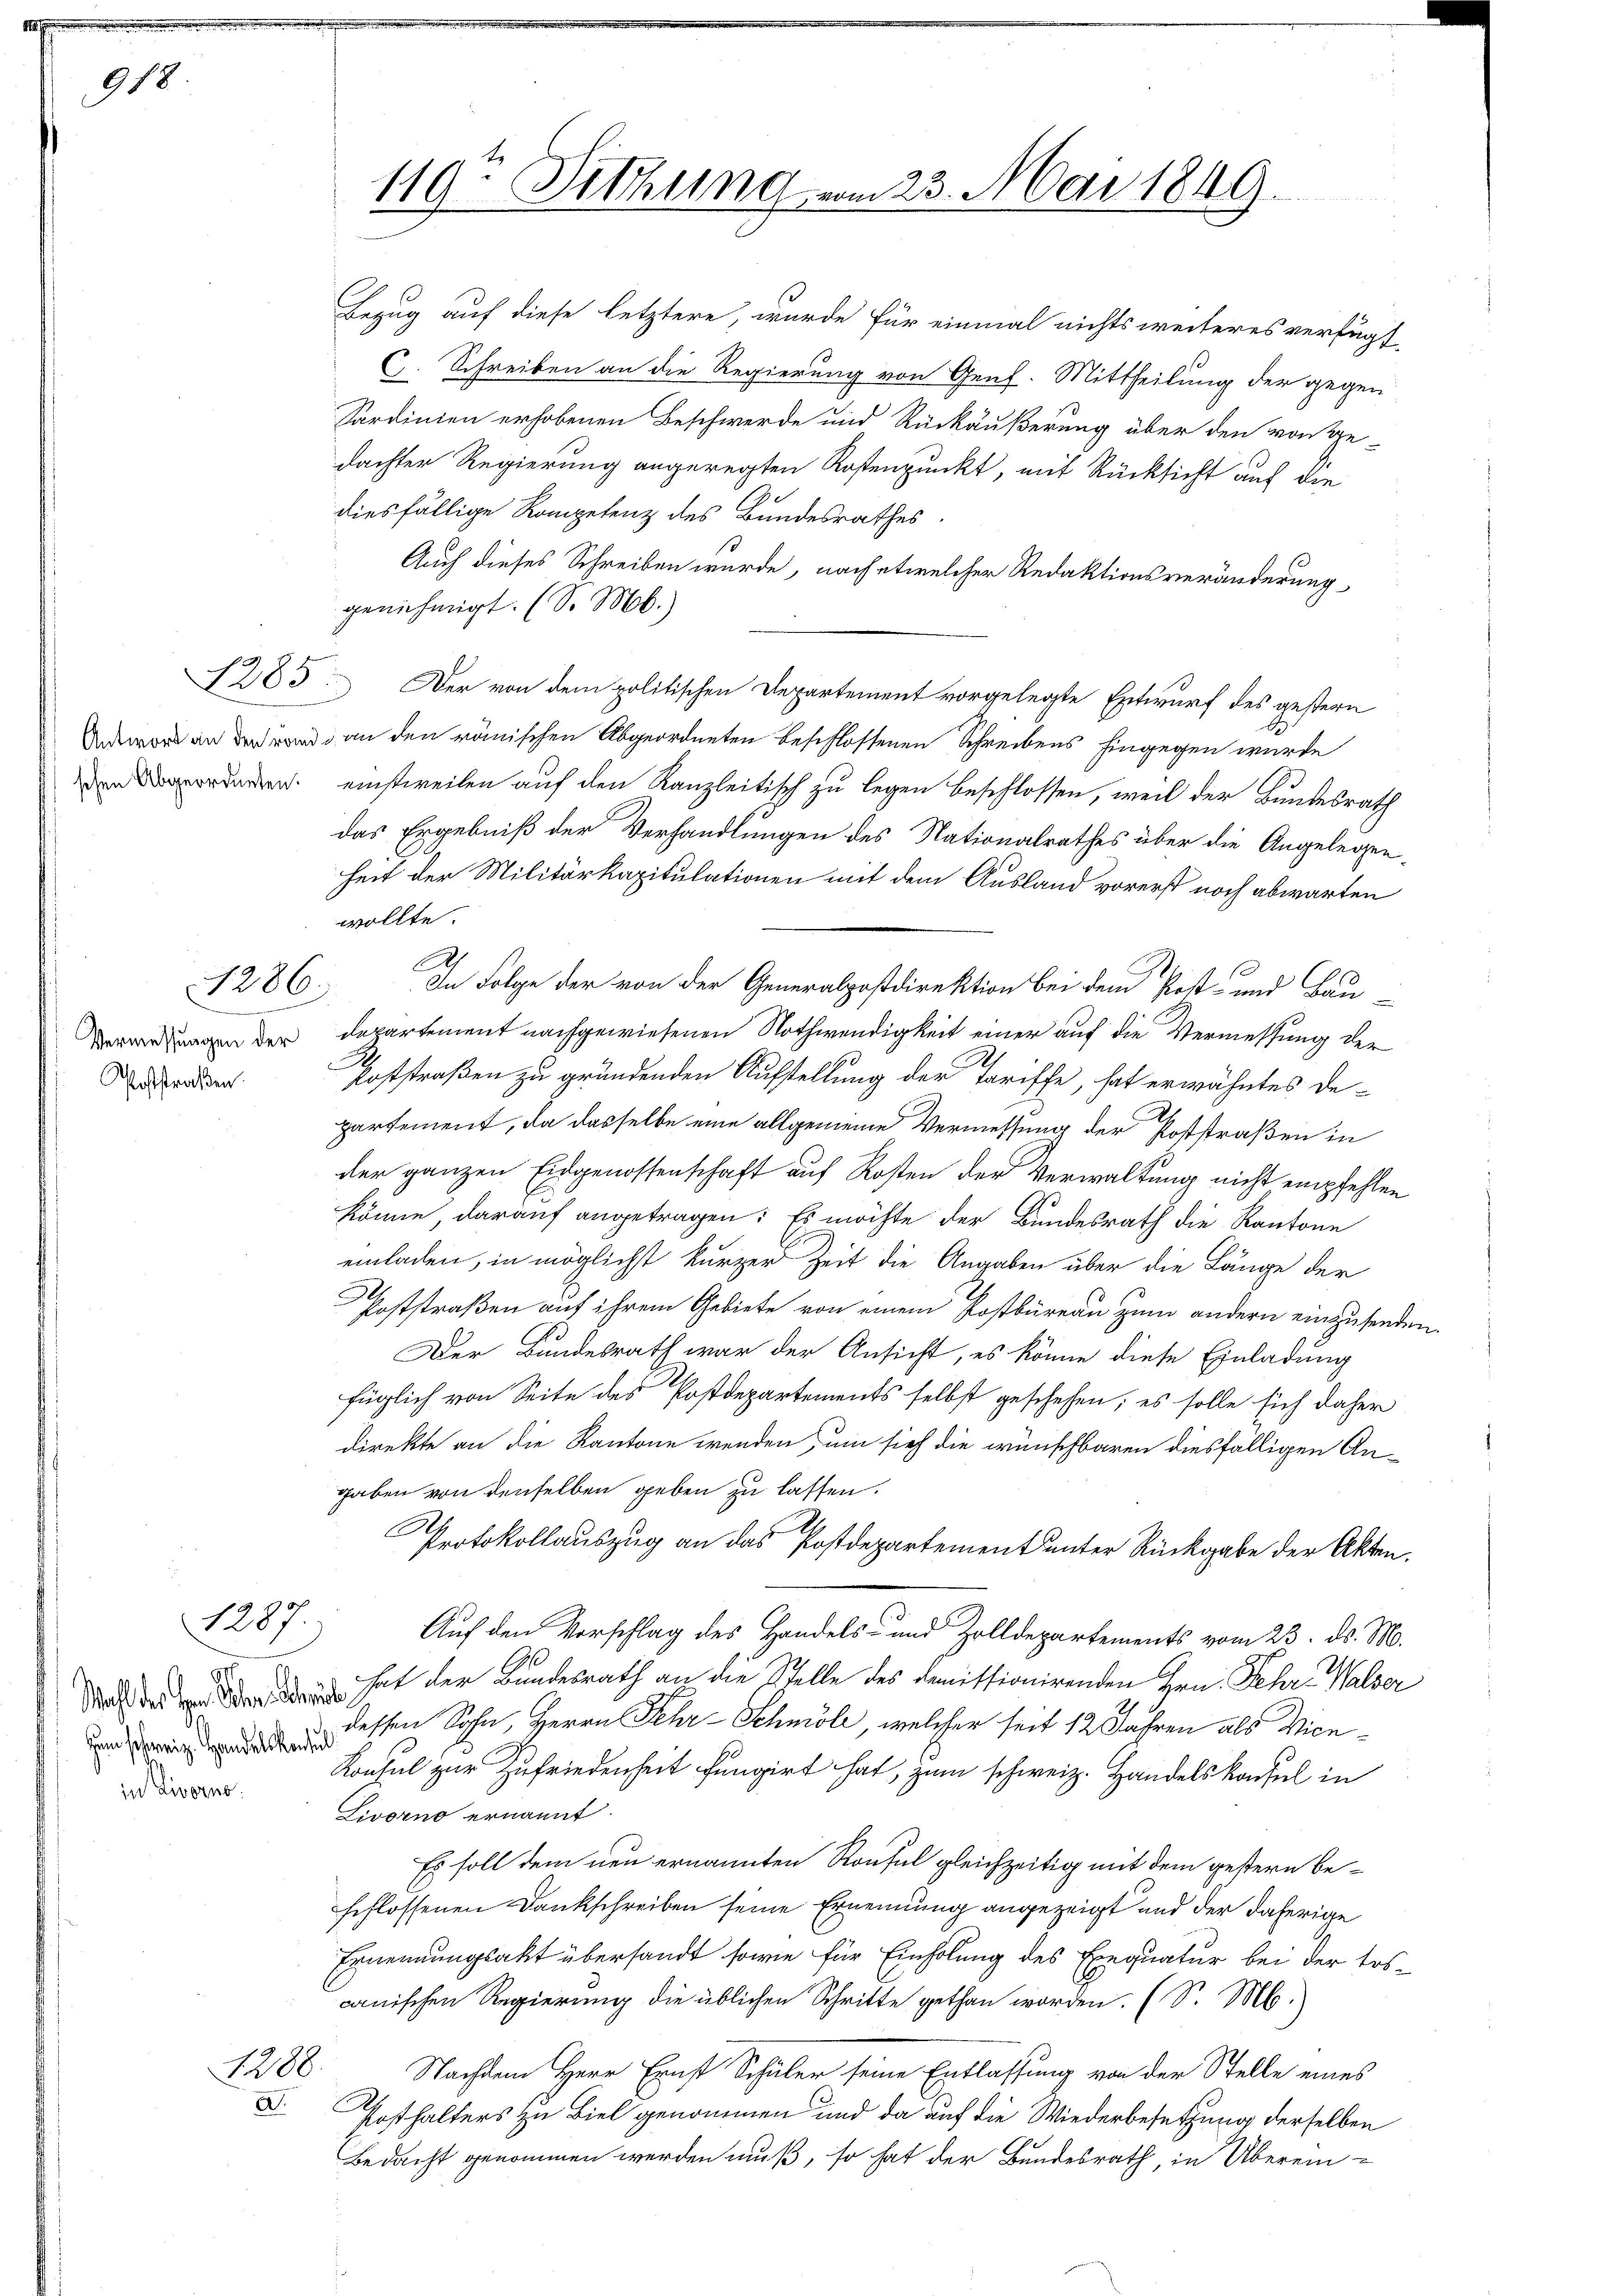
918

1385

1286.

.
Vermessungen der
Poststraßen.

1287.

Wahl des Hrn. Schen Schreibe
zem schweiz. Handelskonsul
in Livorno.

1288.
A.

Bezug auf diese letztere, wurde für einmal nichts weiteres verfugt
C. Schreiben an die Regierung von Genf. Mittheilung der gegen
Sardinien erhobenen Beschwerde und Rückäußerung über den von Ge-
dachter Regierung angeregten Kostenpunkt, mit Rücksicht auf die
diesfällige Kompetenz des Bundesrathes

119-Sitzung vom 23. Mai 1849.

Auch dieses Schreiben wurde, nach etwelcher Redaktionsveränderung
genehmigt. (S. M.)
Der von dem politischen Departement vorgelegte Entwurf des gestern
d an den römischen Abgeordneten beschlossenen Schreibens hingegen wurde
ordneten einstweilen auf den Kanzleitisch zu legen beschlossen, weil der Bundesrath
das Ergebniß der Verhandlungen des Nationalrathes über die Angelegen-
heit der Militärkapitulationen mit dem Ausland vorerst noch abwarten
wollte.
A
In Folge der von der Generalpostdirektion bei dem Post- und Bau-
departement nachgewiesenen Nothwendigkeit einer auf die Vermessung der
.
Poststraßen zu gründenden Aufstellung der Tariffe, hat erwähntes De-
partement, da dasselbe eine allgemeine Vermessung der Poststraßen in
der ganzen Eidgenossenschaft auf Kosten der Verwaltung nicht empfehlen
könne, darauf angetragen: Es möchte der Bundesrath die Kantone
einladen, in möglichst kurzer Zeit die Angaben über die Länge der
Poststraßen auf ihrem Gebiete von einem Postbüreau zum andern einzusenden.
Der Bundesrath war der Ansicht, es könne diese Einladung
füglich von Seite des Postdepartements selbst geschehen; es solle sich daher
direkte an die Kantone wenden, um sich die wünschbaren diesfälligen Angaben von denselben geben zu lassen.
Protokollauszug an das Postdepartement unter Rückgabe der Akten.
Auf den Vorschlag des Handels- und Zolldepartements vom 23. ds. M.
hat der Bundesrath an die Stelle des Demissionirenden Hrn. Fehr, Walser
dessen Sohn, Herrn Fehr-Schmölz, welcher seit 12 Jahren als Vice¬
Konsul zur Zufriedenheit fungirt hat, zum schweiz. Handelskonsul in
Livorno ernannt.
Es soll dem neu ernannten Rousel gleichzeitig mit dem gestern beseflossenen Dankschreiben seine Ernennung angezeigt und der daherige
Ernennungsakt übersandt sowie für Einholung des Exequatur bei der tos-
canischen Regierung die üblichen Schritte gethan worden. (S. M.
Nachdem Herr Ernst Schüler seine Entlassung von der Stelle eines
Posthalters zu Biel genommen und da auf die Wiederbesetzung derselben
Bedacht genommen werden muß, so hat der Bundesrath, in Überein-